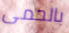
بالحمى